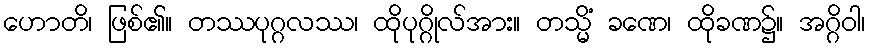
ဟောတိ၊ ဖြစ်၏။ တဿပုဂ္ဂလဿ၊ ထိုပုဂ္ဂိုလ်အား။ တသ္မိံ ခဏေ၊ ထိုခဏ၌။ အဂ္ဂိဝါ၊